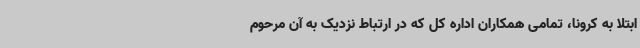
ابتلا به کرونا، تمامی همکاران اداره کل که در ارتباط نزدیک به آن مرحوم